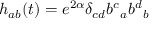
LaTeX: h _ { a b } ( t ) = e ^ { 2 \alpha } \delta _ { c d } { b ^ { c } } _ { a } { b ^ { d } } _ { b }